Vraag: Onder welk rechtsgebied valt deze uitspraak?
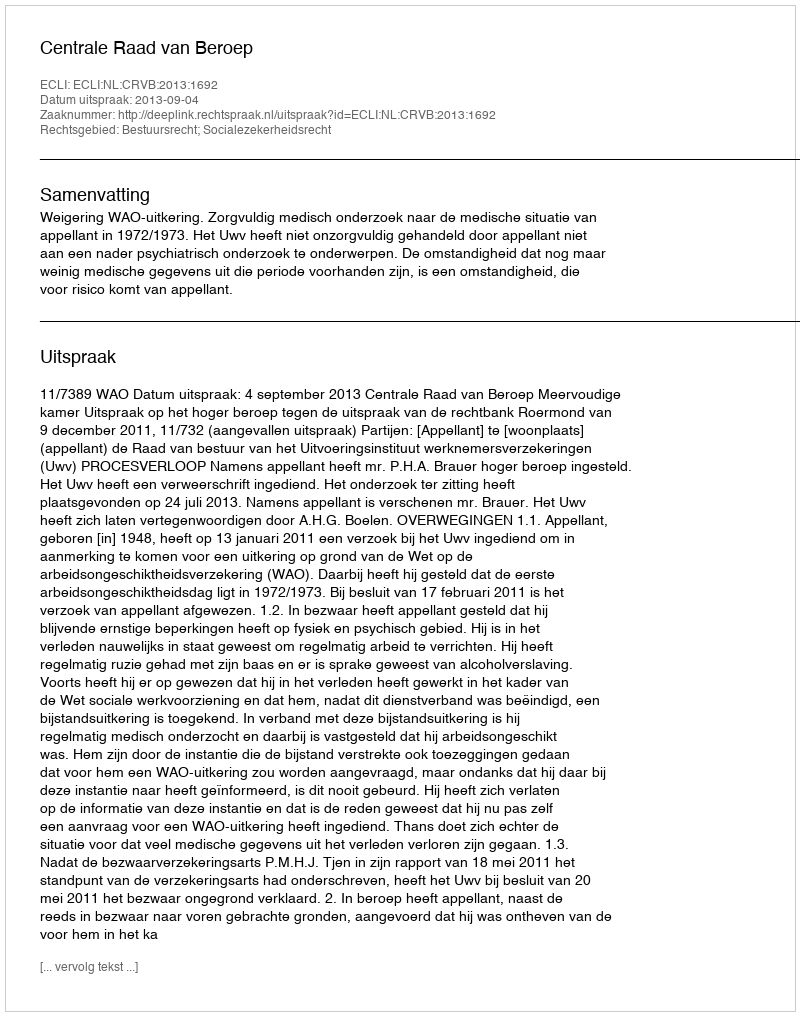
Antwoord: Bestuursrecht; Socialezekerheidsrecht